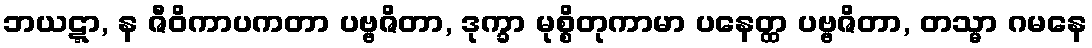
ဘယဋ္ဋာ, န ဇီဝိကာပကတာ ပဗ္ဗဇိတာ, ဒုက္ခာ မုစ္စိတုကာမာ ပနေတ္ထ ပဗ္ဗဇိတာ, တသ္မာ ဂမနေ